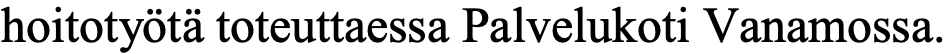
hoitotyötä toteuttaessa Palvelukoti Vanamossa.